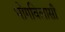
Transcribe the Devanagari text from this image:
भोगविलासी